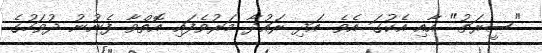
"ސީރަތު" އާއި އެކުގަ އެވެ. އަދި ރައުދާ މަރުވެފައި އޮތްވާ ފެނުނު ދުވަހުގެ